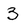
Character: 3